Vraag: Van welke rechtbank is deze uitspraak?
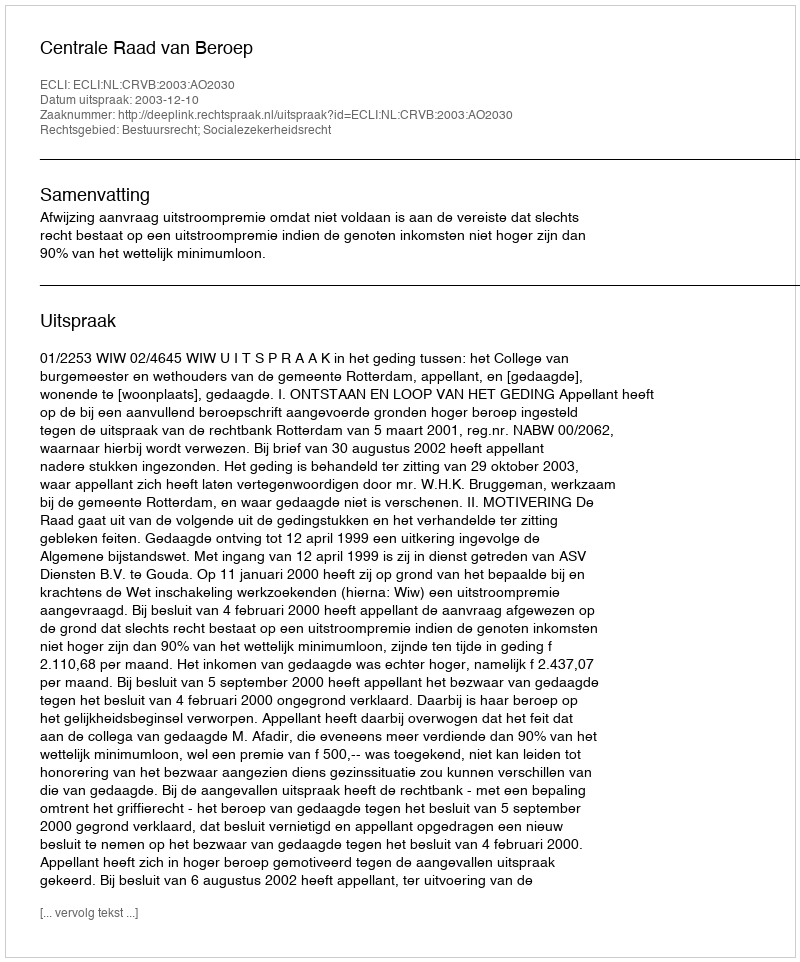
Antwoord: Centrale Raad van Beroep